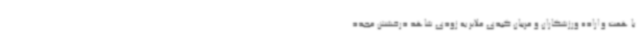
با همت و اراده ورزشکاران و مربیان کبدی ملایر به زودی شاهد درخشش مجدد